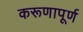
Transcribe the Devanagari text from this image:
करूणापूर्ण